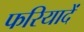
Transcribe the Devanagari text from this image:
फरियादें